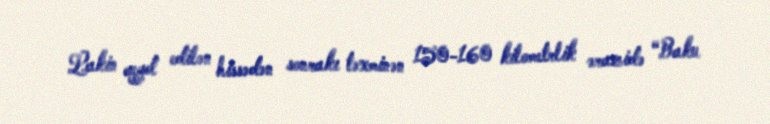
Lakin qeyd edilən hissədən sonrakı təxminən 150-160 kilometrlik ərazidə “Baku